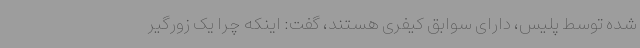
شده توسط پلیس، دارای سوابق کیفری هستند، گفت: اینکه چرا یک زورگیر